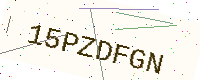
Text: 15PZDFGN